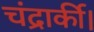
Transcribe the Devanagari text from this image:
चंद्रार्की।